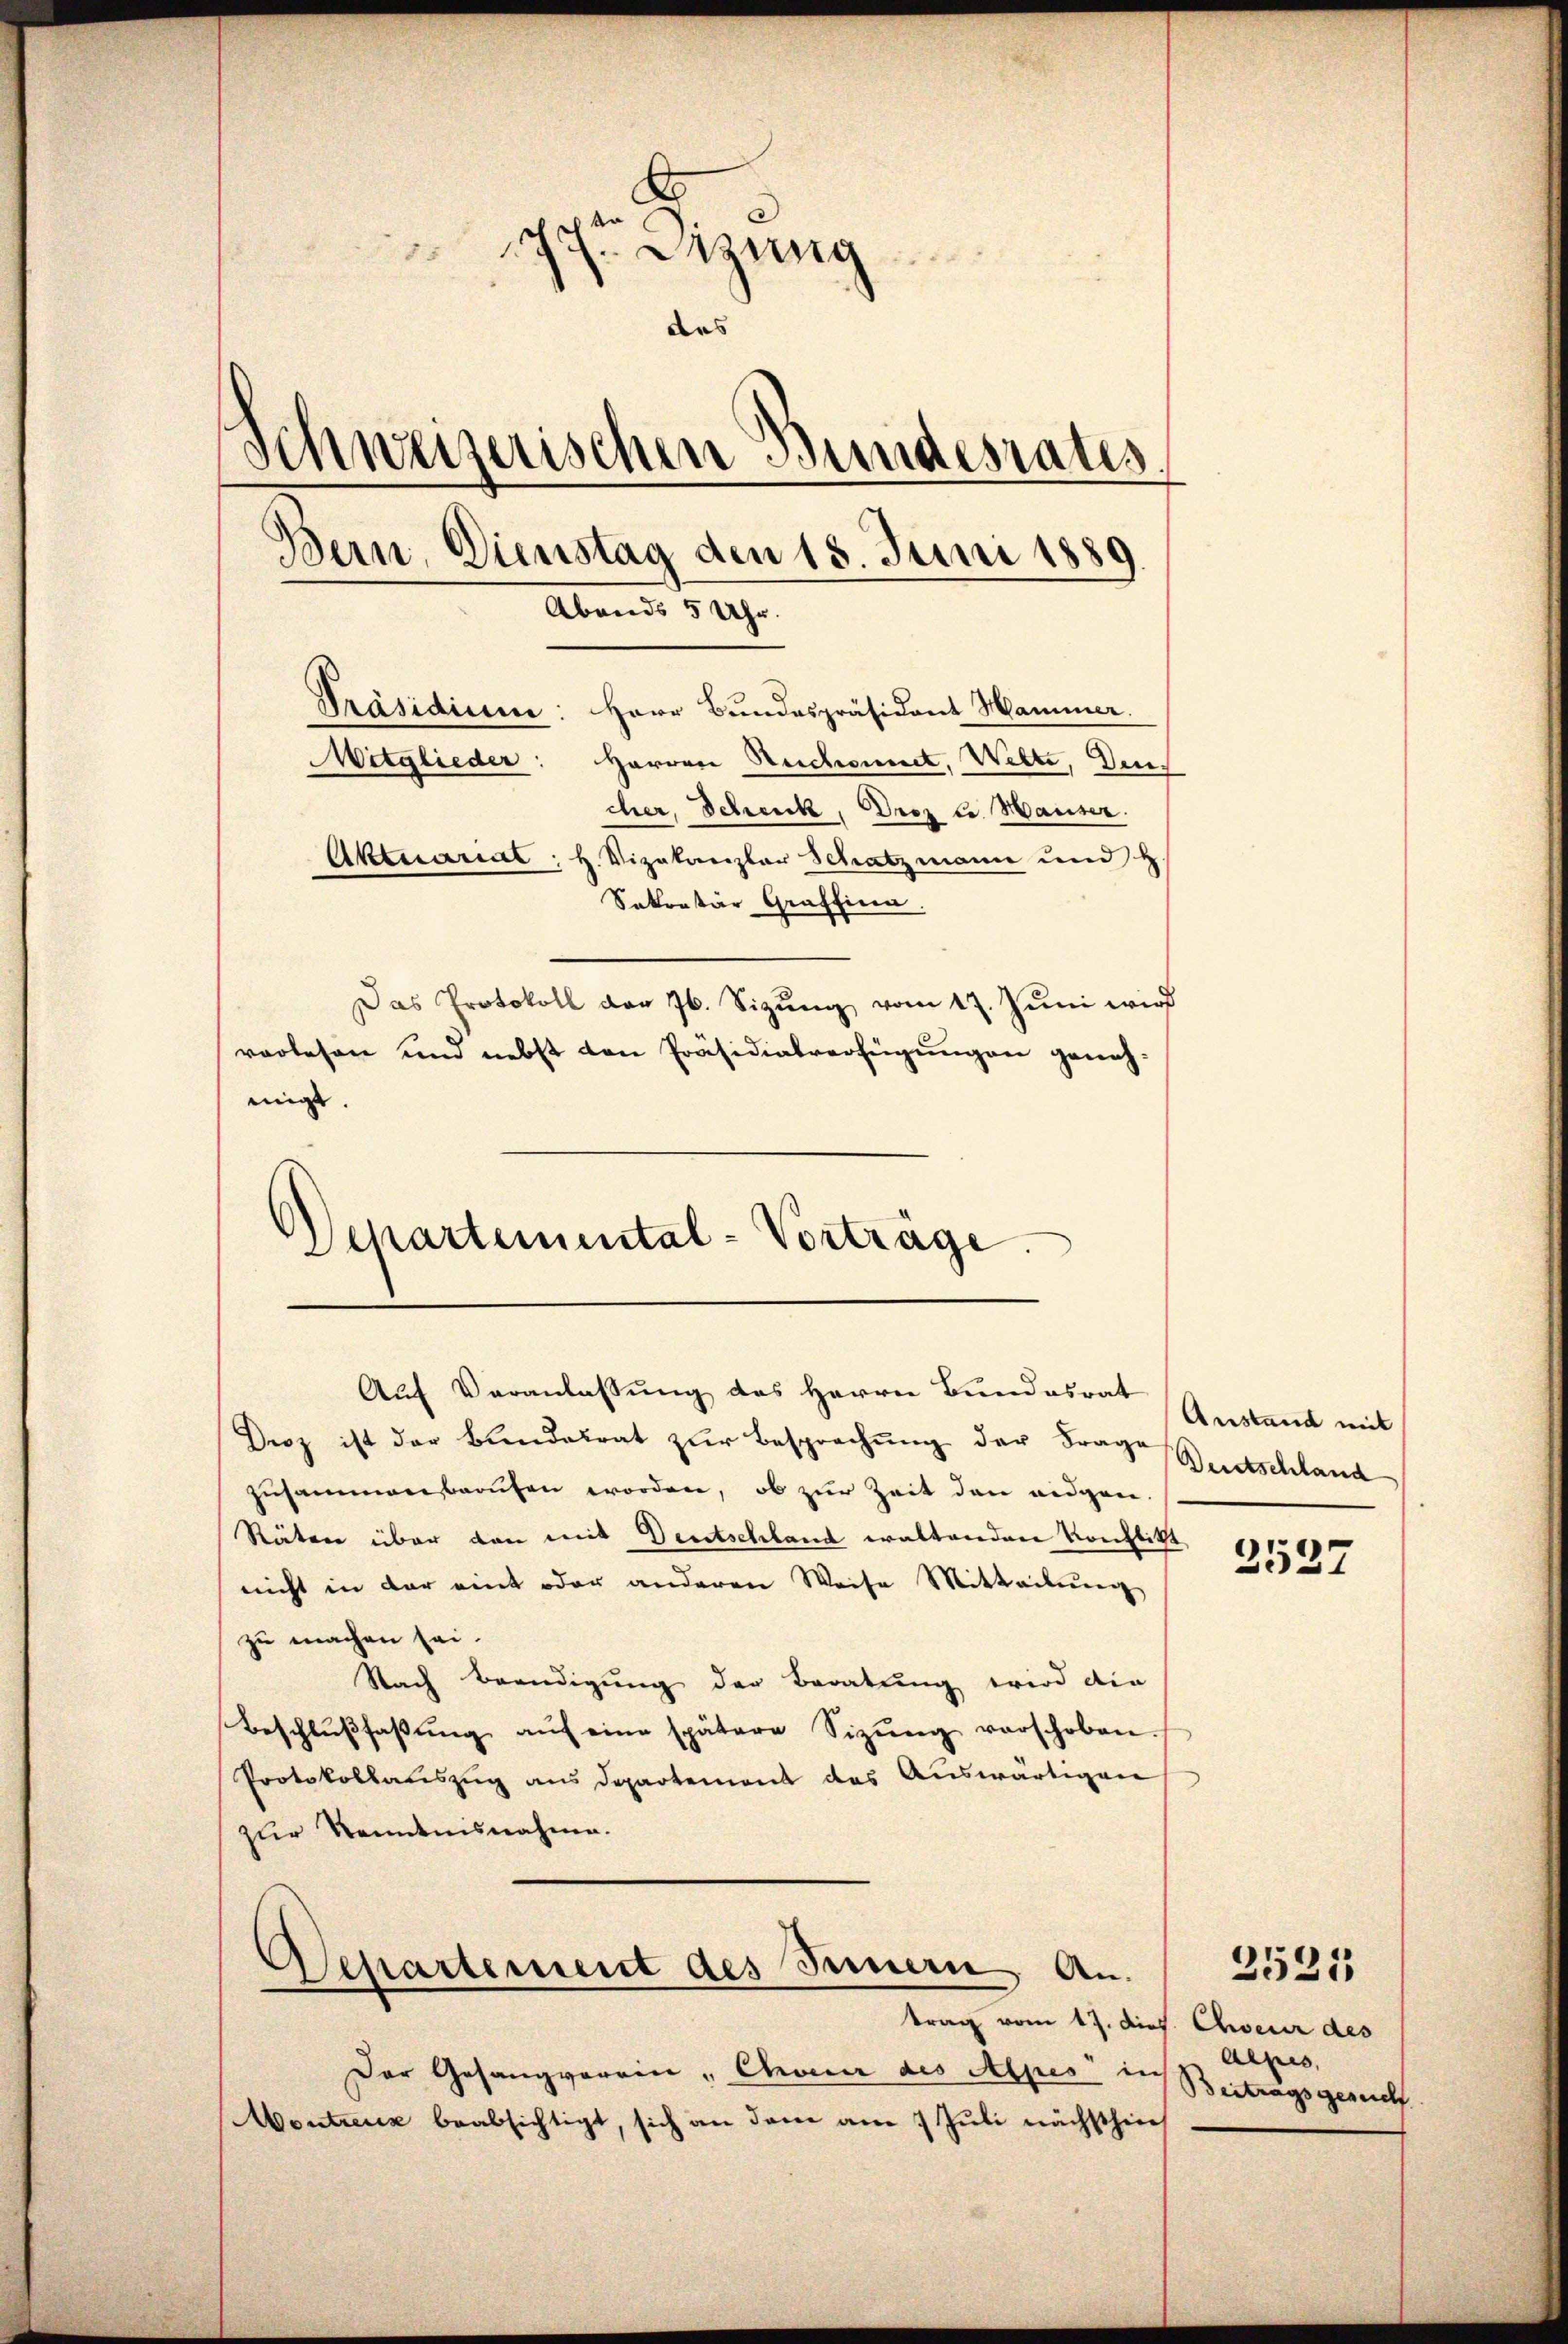
Dizung
des
Schweizerischen Bundesrates
Bern, Dienstag den 18. Juni 1889
Abends 5 Uhr.
Präsidium: Herr Bundespräsident Hammer.
Mitglieder: Herren Reichnet, Wette, Deuch
cher, Scheck, Drez u. Hauser.
Aktuarial; H. Vizekanzlar Schatzmann und H.
Sekretär Graffina
Das Protokoll der Jb. Sizung vom 17. Juni wird
vorlesen und nebst den Präsidialverfügungen geneh-
mige.

Departemental-Vorträge.

Auf Veranlassung des Herrn Bundesrat

Droz ist der Bundesrat zŭr Besprechung der Frage Bertschland
zusammenberufen worden, ob zur Zeit den eidgen.
Räten über den mit Deutschland waltenden Konflikt
nicht in der eint oder anderen Weise Mitteilung
zu machen sei.
Nach Beendigung der Beratung wird die
Beschlŭβfaβŭng aŭf eine spätere Sitzŭng verschoben.
Protokollauszug aus Departement das Auswärtigen
zur Kenntnisnahme.
Separtement des Seinern An-
trag vom 17. dies Choeur des
Der Gesangverein , Chor des Alpes in Beitragsgerich
Montreux beabsichtigt, sich an dem am 7 Juli nächsthin

Anstand mit

2537

Aepis,

2521